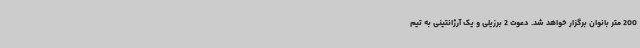
200 متر بانوان برگزار خواهد شد. دعوت 2 برزیلی و یک آرژانتینی به تیم